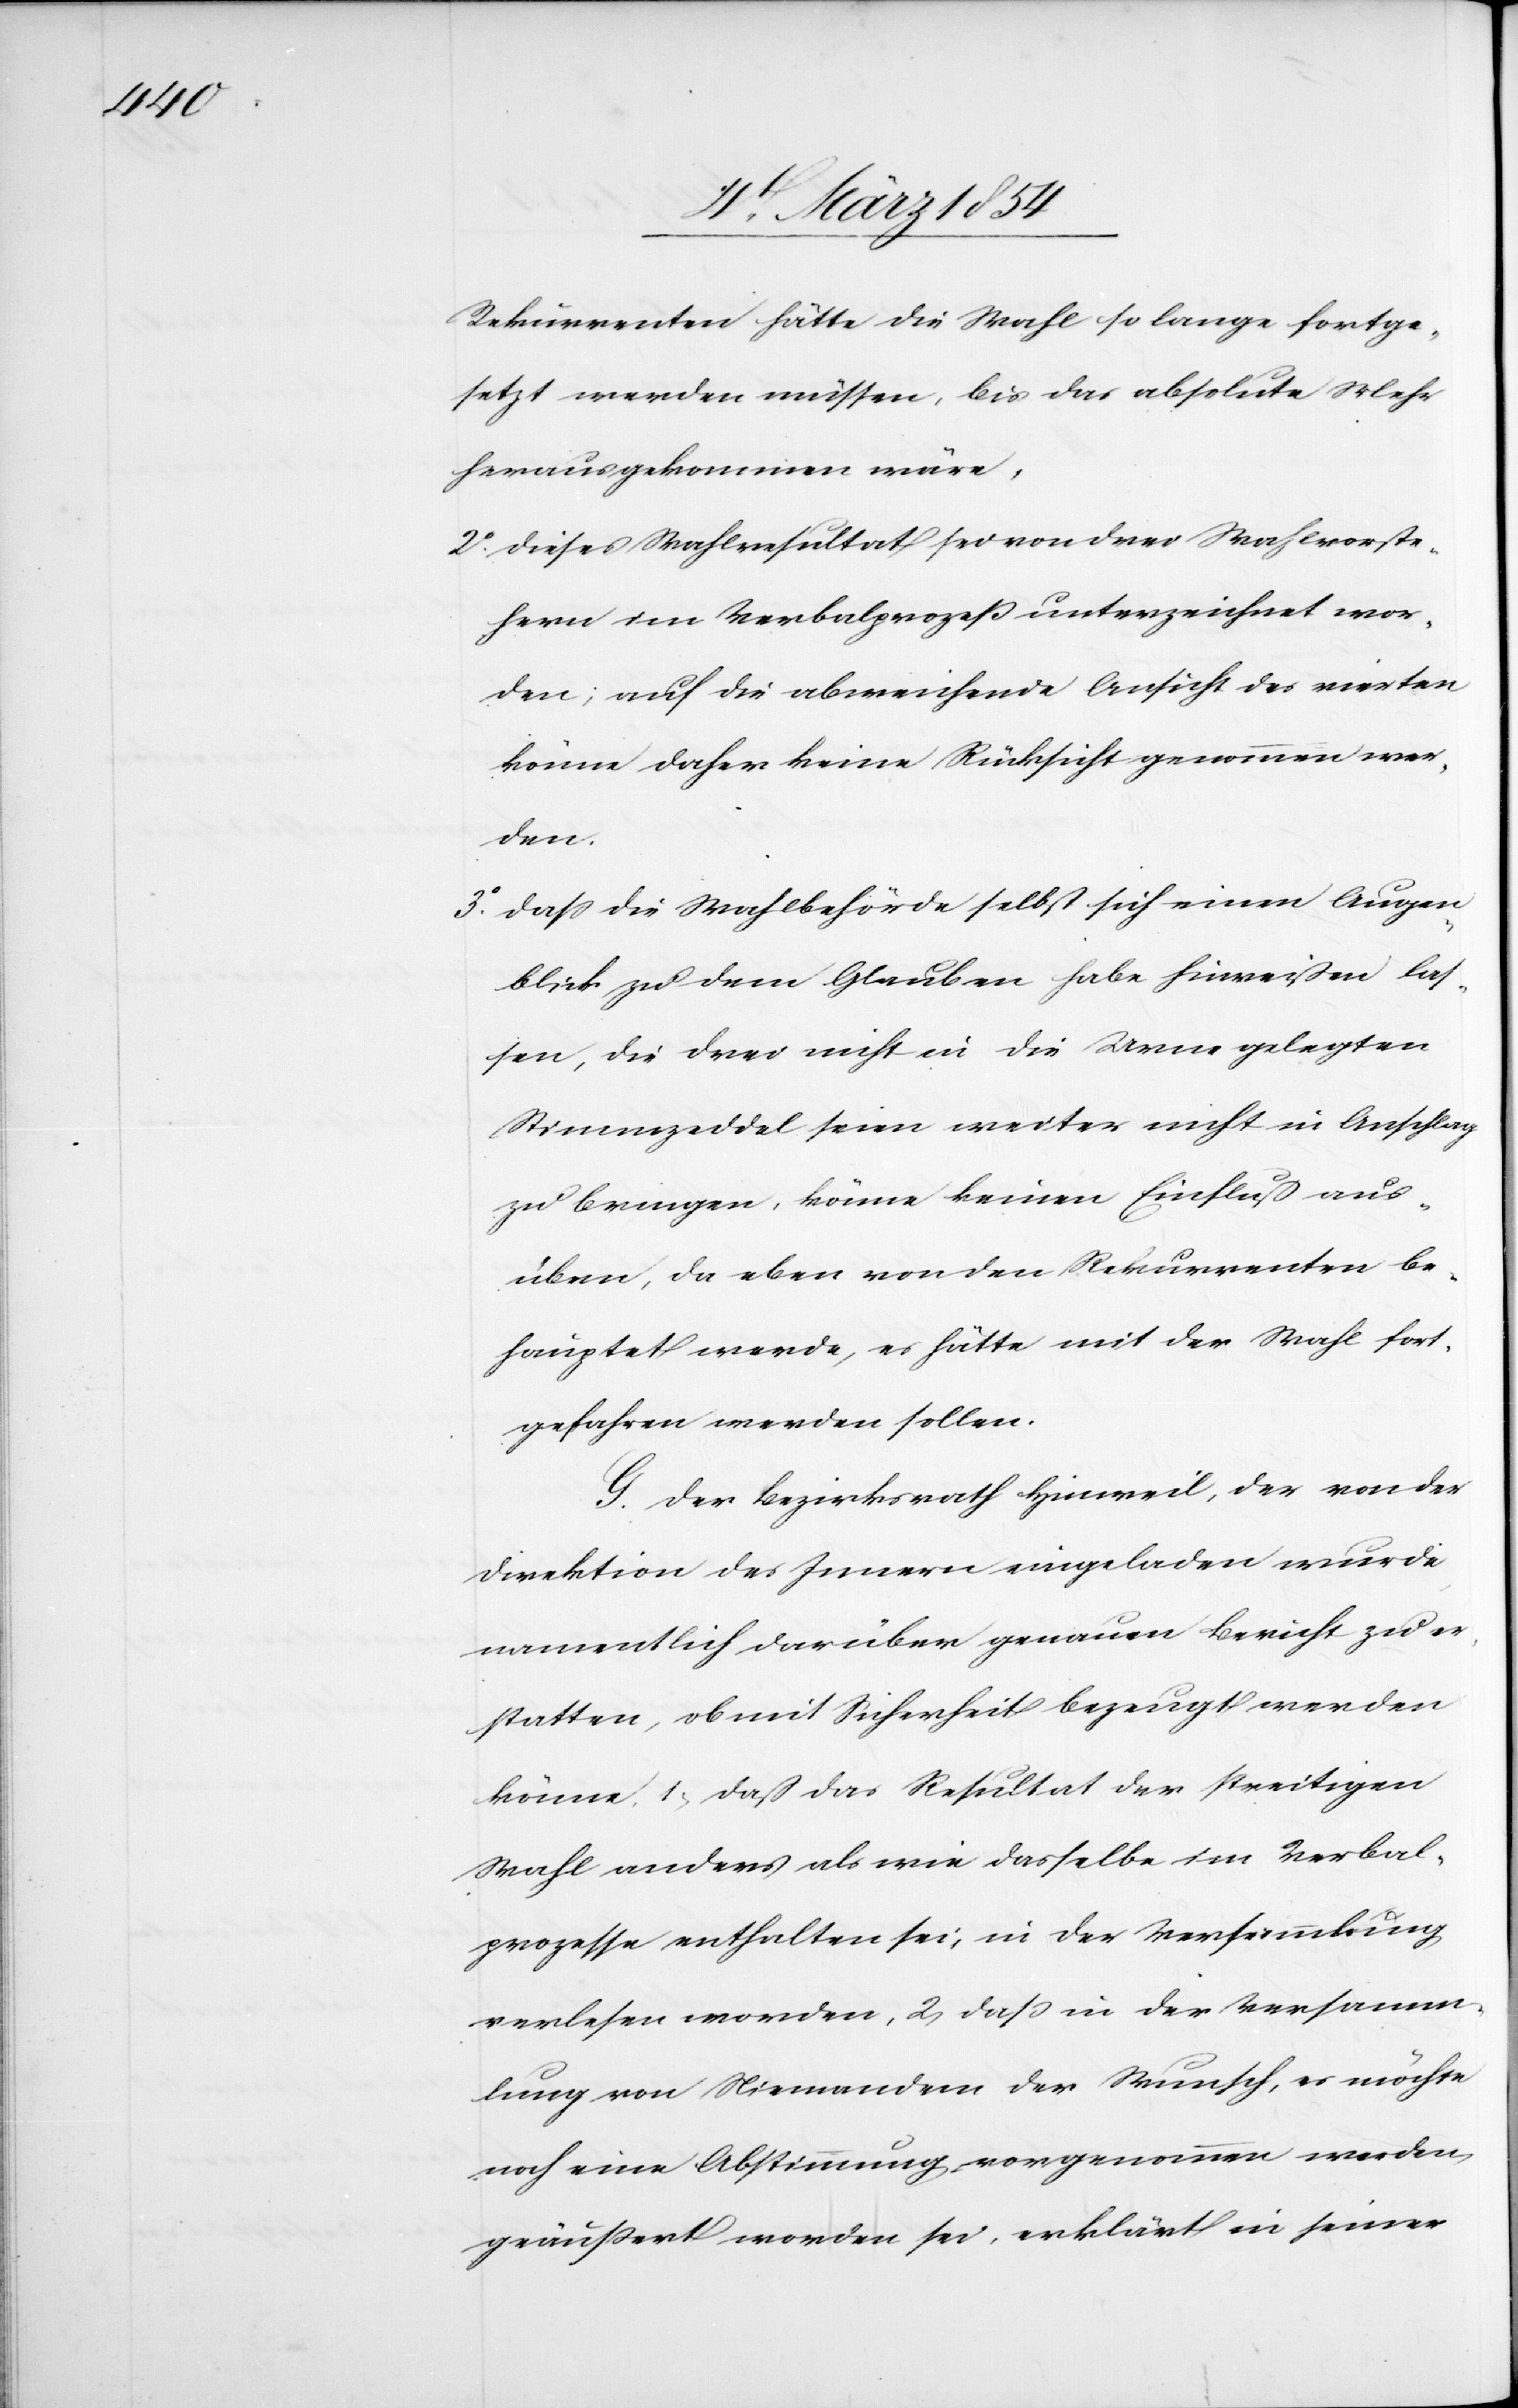
Rekurrenten hätte die Wahl so lange fortge¬
setzt werden müssen, bis das absolute Mehr
herausgekommen wäre,
2o Dieses Wahlresultat sei von drei Wahlvorste¬
hern im Verbalprozeß unterzeichnet wor¬
den; auf die abweichende Ansicht des vierten
könne daher keine Rücksicht genommen wer¬
den.
3o Daß die Wahlbehörde selbst sich einen Augen¬
blick zu dem Glauben habe hinreißen las¬
sen, die drei nicht in die Urne gelegten
Stimmzeddel seien weiter nicht in Anschlag
zu bringen, könne keinen Einfluß aus¬
üben, da eben von den Rekurrenten be¬
hauptet werde, es hätte mit der Wahl fort¬
gefahren werden sollen.
G. Der Bezirksrath Hinweil, der von der
Direktion des Innern eingeladen wurde,
namentlich darüber genauen Bericht zu er¬
statten, ob mit Sicherheit bezeugt werden
könne, 1; daß das Resultat der streitigen
Wahl anders als wie dasselbe im Verbal¬
prozesse enthalten sei, in der Versammlung
verlesen worden, 2; daß in der Versamm¬
lung von Niemandem der Wunsch, es möchte
noch eine Abstimmung vorgenommen werden,
geäußert worden sei, erklärt in seiner